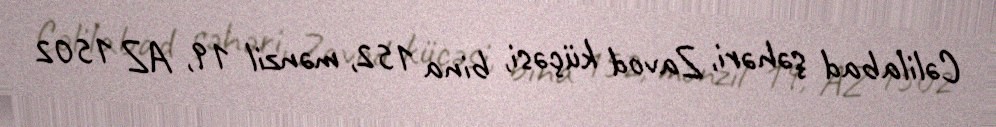
Cəlilabad şəhəri, Zavod küçəsi, bina 152, mənzil 19, AZ 1502